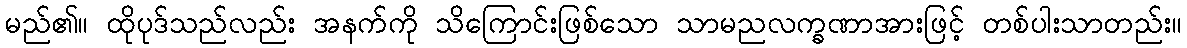
မည်၏။ ထိုပုဒ်သည်လည်း အနက်ကို သိကြောင်းဖြစ်သော သာမညလက္ခဏာအားဖြင့် တစ်ပါးသာတည်း။